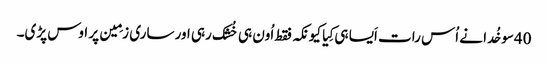
40سو خُدا نے اُس رات اَیسا ہی کِیا کیونکہ فقط اُون ہی خُشک رہی اور ساری زمِین پر اوس پڑی۔